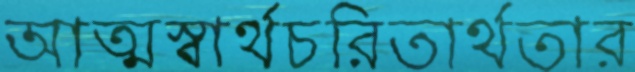
আত্মস্বার্থচরিতার্থতার